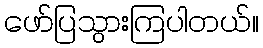
ဖော်ပြသွားကြပါတယ်။